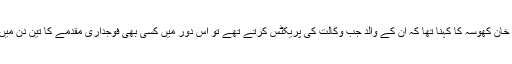
جسٹس آصف سعید خان کھوسہ کا کہنا تھا کہ ان کے والد جب وکالت کی پریکٹس کرتے تھے تو اس دور میں کسی بھی فوجداری مقدمے کا تین دن میں فیصلہ ہو جاتا تھا۔